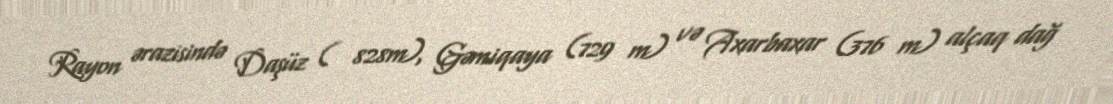
Rayon ərazisində Daşüz ( 828m), Gəmiqaya (729 m) və Axarbaxar (376 m) alçaq dağ